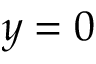
y = 0